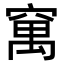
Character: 𥧆